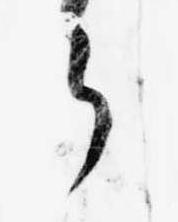
ら